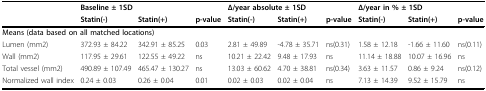
|  | <COLSPAN=2> Baseline ± 1SD |  | <COLSPAN=2> Δ/year absolute ± 1SD |  | <COLSPAN=2> Δ/year in % ± 1SD |  |
 |  | Statin(-) | Statin(+) | p-value | Statin(-) | Statin(+) | p-value | Statin(-) | Statin(+) | p-value |
 | --- | --- | --- | --- | --- | --- | --- | --- | --- | --- |
 | <COLSPAN=10> Means (data based on all matched locations) |
 | Lumen (mm2) | 372.93 ± 84.22 | 342.91 ± 85.25 | 0.03 | 2.81 ± 49.89 | -4.78 ± 35.71 | ns(0.31) | 1.58 ± 12.18 | -1.66 ± 11.60 | ns(0.11) |
 | Wall (mm2) | 117.95 ± 29.61 | 122.55 ± 49.22 | ns | 10.21 ± 22.42 | 9.48 ± 17.93 | ns | 11.14 ± 18.88 | 10.07 ± 16.96 | ns |
 | Total vessel (mm2) | 490.89 ± 107.49 | 465.47 ± 130.27 | ns | 13.03 ± 60.62 | 4.70 ± 38.81 | ns(0.34) | 3.63 ± 11.57 | 0.86 ± 9.24 | ns(0.12) |
 | Normalized wall index | 0.24 ± 0.03 | 0.26 ± 0.04 | 0.01 | 0.02 ± 0.03 | 0.02 ± 0.04 | ns | 7.13 ± 14.39 | 9.52 ± 15.79 | ns |